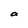
Character: a